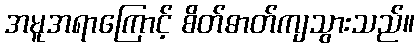
အမူအရာကြောင့် စိတ်ဓာတ်ကျသွားသည်။